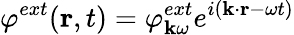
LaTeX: \varphi^{ext}({\mathbf r},t)=\varphi_{{\mathbf k}\omega}^{ext}e^{i({\mathbf k}\cdot{\mathbf r}-\omega t)}